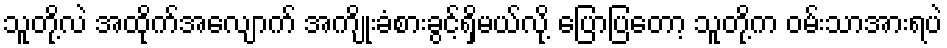
သူတို့လဲ အထိုက်အလျောက် အကျိုးခံစားခွင့်ရှိမယ်လို့ ပြောပြတော့ သူတို့က ဝမ်းသာအားရပဲ